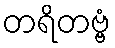
တရိတဗ္ဗံ